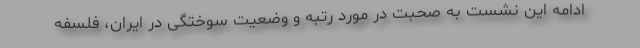
ادامه این نشست به صحبت در مورد رتبه و وضعیت سوختگی در ایران، فلسفه